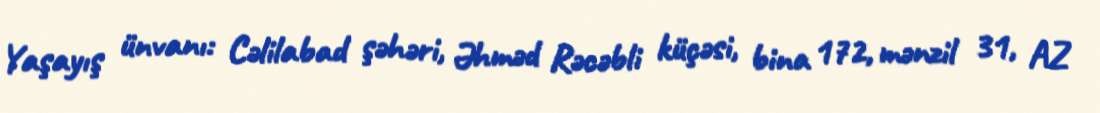
Yaşayış ünvanı: Cəlilabad şəhəri, Əhməd Rəcəbli küçəsi, bina 172, mənzil 31, AZ